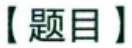
【题目】